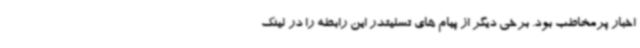
اخبار پرمخاطب بود. برخی دیگر از پیام های تسلیتدر این رابطه را در لینک